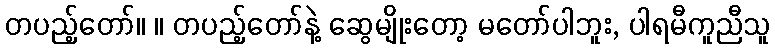
တပည့်တော်။ ။ တပည့်တော်နဲ့ ဆွေမျိုးတော့ မတော်ပါဘူး, ပါရမီကူညီသူ